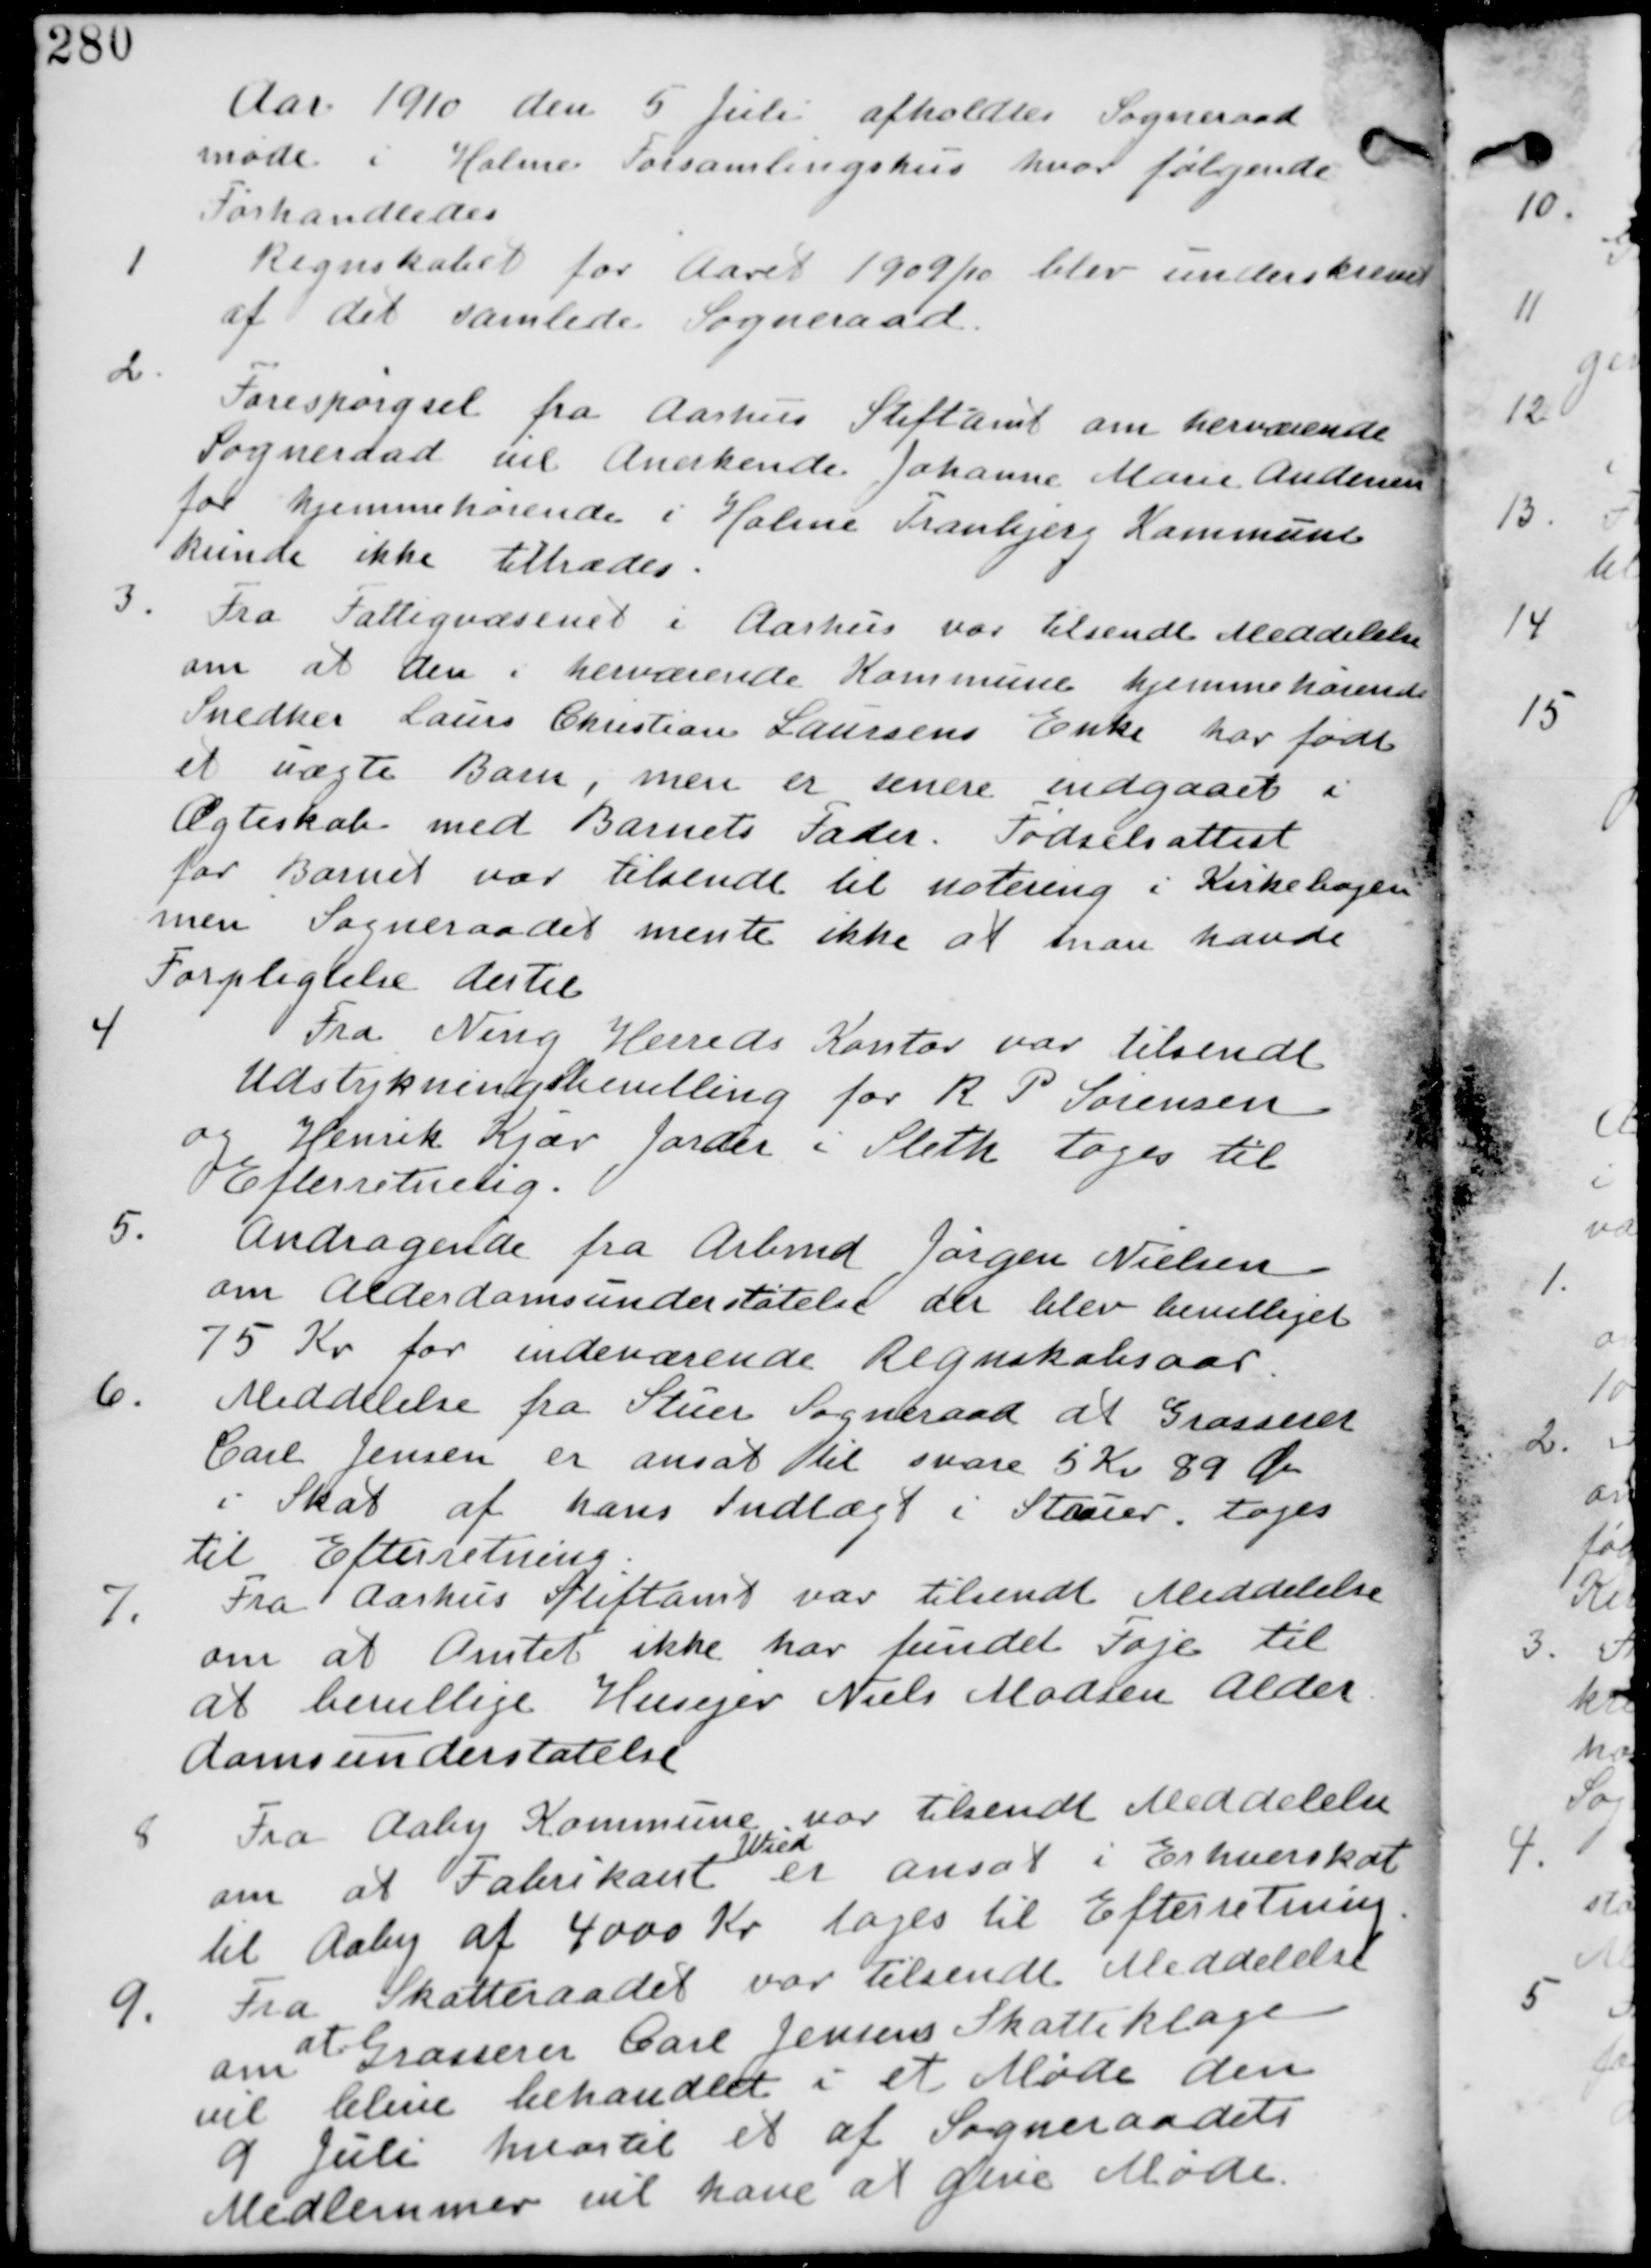
Transskription:
Aar 1910 den 5 Juli afholdes Sogneraads
møde i Holme Forsamlingshus hvor følgende
Forhandledes

1. Regnskabet for Aaret 1909/10 blev underskrevet
af det samlede Sogneraad.

2.
Forespørgsel fra Aarhus Stiftamt om herværende
Sogneraad vil Anerkende Johanne Marie Andersen
for hjemmehørende i Holme Tranbjerg Kommune
kunne ikke tiltrædes.

3. Fra Fattigvæsenet i Aarhus var tilsendt Meddelelse
om at den i herværende Kommune hjemmehørrende
Snedker Laurs Christian Laursens Enke har født
et uægte Barn, men er senere indgaaet i
Ægteskab med Barnets Fader. Fødselsattest
for Barnet var tilsendt til notering i Kirkebogen
men Sogneraadet mente ikke at man havde
Forpligtelse dertil

4
Fra Ning Herreds Kontor var tilsendt
Udstykningsbevilling for R P Sørensen
og Henrik Kjærs Jorder i Sleth tages til
Efterretning.

5.
Andragende fra Arbmd Jørgen Nielsen
om Alderdomsunderstøttelse der blev bevilliget
75 Kr for indeværende Regnskabsaar.

6. Meddelelse fra Stuer Sogneraad at Grosserer
Carl Jensen er ansat til svare 5 Kr 89 Øre
i Skat af hans Indtægt i Struer. tages
til Efterretning.

7.
Fra Aarhus Stiftamt var tilsendt Meddelelse
om at Amtet ikke har fundet Føje til
at bevillige Husejer Niels Madsen Alder
domsunderstøttelse

8
Fra Aaby Kommune var tilsendt Meddelse
om at Fabrikant
Wied
er ansat i Erhvervsskat
til Aaby af 4000 Kr tages til Efterretning

9. Fra Skatteraadet var tilsendt Meddelelse
om
at
Grosserer Carl Jensens Skatteklage
vil blive behandlet i et Møde den
9 Juli hvortil et af Sogneraadets
Medlemmer vil have at give Møde.